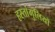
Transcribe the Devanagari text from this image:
हस्तांगुलियों